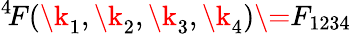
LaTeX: ^{4\! }{F}({\k_{1}},{\k_{2}},{\k_{3}},{\k_{4}})\= {F}_{1234}